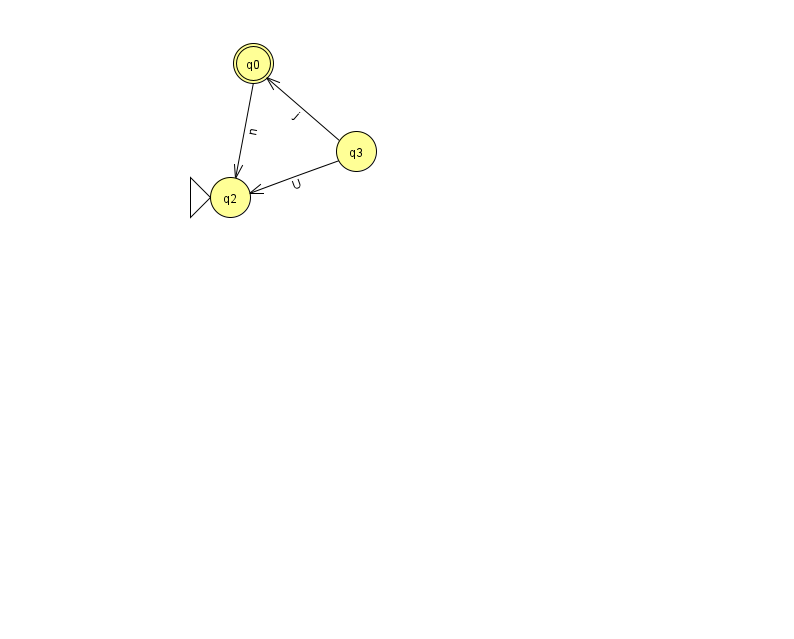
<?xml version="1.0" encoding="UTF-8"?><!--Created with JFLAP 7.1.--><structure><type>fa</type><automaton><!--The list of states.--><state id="0" name="q0"><x>253.0</x><y>50.0</y><final/></state><state id="2" name="q2"><x>230.0</x><y>184.0</y><initial/></state><state id="3" name="q3"><x>356.0</x><y>138.0</y></state><!--The list of transitions.--><transition><from>3</from><to>2</to><read>U</read></transition><transition><from>0</from><to>2</to><read>n</read></transition><transition><from>3</from><to>0</to><read>j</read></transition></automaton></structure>